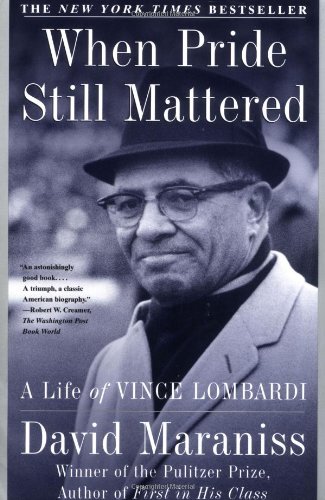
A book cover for When Pride Still Mattered : A Life Of Vince Lombardi; David Maraniss; Biographies & Memoirs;